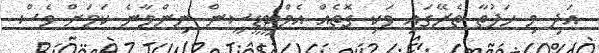
އަދި މި ހަފުތާ ތެރޭގައި ވަކި ގޮތެއް އެމްޓީޑީސީން ނިންމާނެ ކަމަށް ވެސް